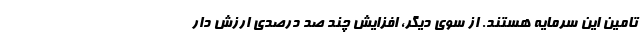
تامین این سرمایه هستند. از سوی دیگر، افزایش چند صد درصدی ارزش دار